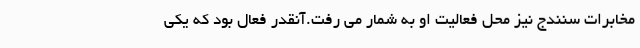
مخابرات سنندج نیز محل فعالیت او به شمار می رفت.آنقدر فعال بود که یکی